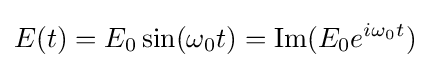
E(t)=E_{0}\sin(\omega _{0}t)=\operatorname {Im} (E_{0}e^{i\omega _{0}t})